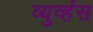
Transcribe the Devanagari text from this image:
व्युर्व्हस